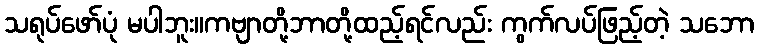
သရုပ်ဖော်ပုံ မပါဘူး။ကဗျာတို့ဘာတို့ထည့်ရင်လည်း ကွက်လပ်ဖြည့်တဲ့ သဘော